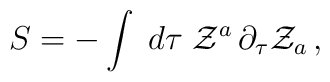
S=-\int\;d \tau\;{\cal Z}^a\,\partial_\tau{\cal Z}_a\,,